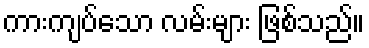
ကားကျပ်သော လမ်းများ ဖြစ်သည်။